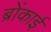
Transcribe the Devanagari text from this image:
ब्रोंकाई